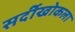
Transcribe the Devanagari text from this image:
सर्दीखोकला